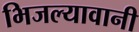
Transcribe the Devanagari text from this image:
भिजल्यावानी